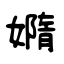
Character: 嫷